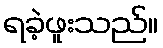
ရခဲ့ဖူးသည်။